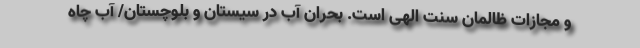
و مجازات ظالمان سنت الهی است. بحران آب در سیستان و بلوچستان/ آب چاه